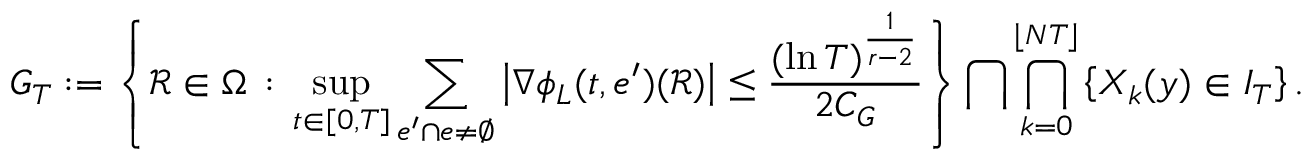
G _ { T } : = \left\{ \mathcal { R } \in \Omega \, : \, \operatorname* { s u p } _ { t \in [ 0 , T ] } \sum _ { e ^ { \prime } \cap e \neq \emptyset } \left| \nabla \phi _ { L } ( t , e ^ { \prime } ) ( \mathcal { R } ) \right| \leq \frac { ( \ln T ) ^ { \frac { 1 } { r - 2 } } } { 2 C _ { G } } \right\} \bigcap \bigcap _ { k = 0 } ^ { \lfloor N T \rfloor } \left\{ X _ { k } ( y ) \in I _ { T } \right\} .